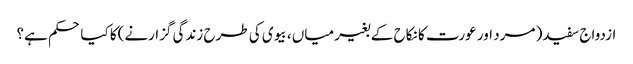
ازدواج سفید( مرد اور عورت کا نکاح کے بغیر میاں ، بیوی کی طرح زندگی گزارنے)کا کیا حکم ہے؟